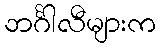
ဘင်္ဂါလီများက